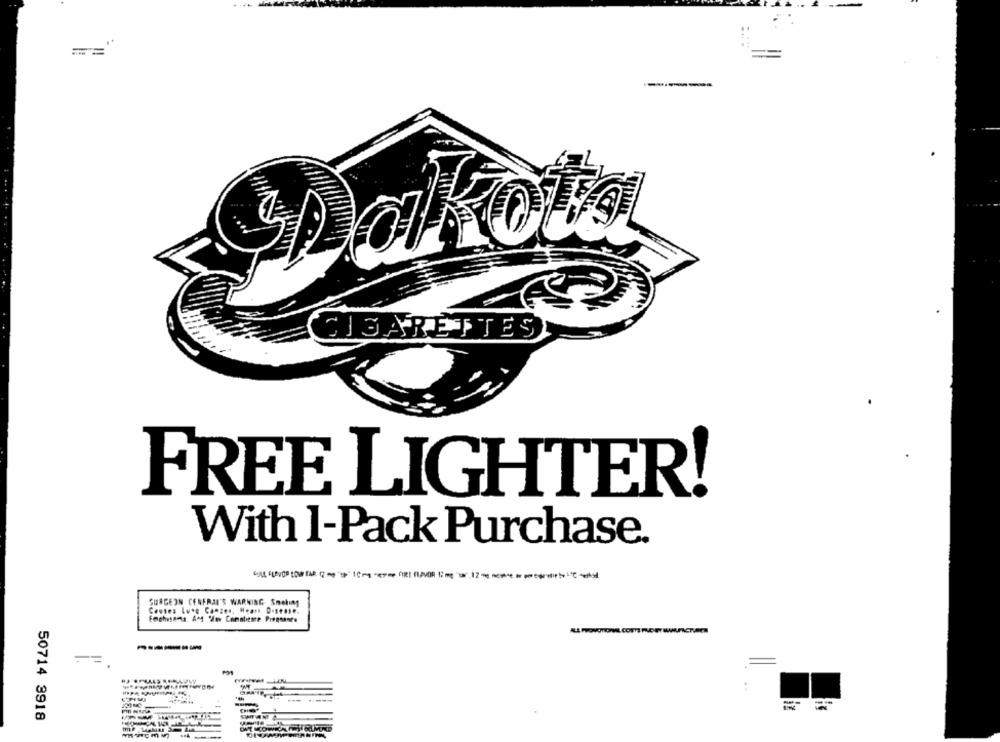
....
==
--
CIGARETTES
FREE LIGHTER!
With 1-Pack Purchase.
SURGEON CENFRAL'S WARNING. Smoking
Costes Luse Canzes, Heart D.seele.
------
-
50714 3918